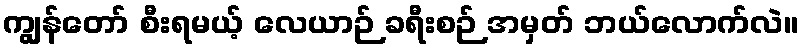
ကျွန်တော် စီးရမယ့် လေယာဉ် ခရီးစဉ် အမှတ် ဘယ်လောက်လဲ။